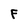
Character: F